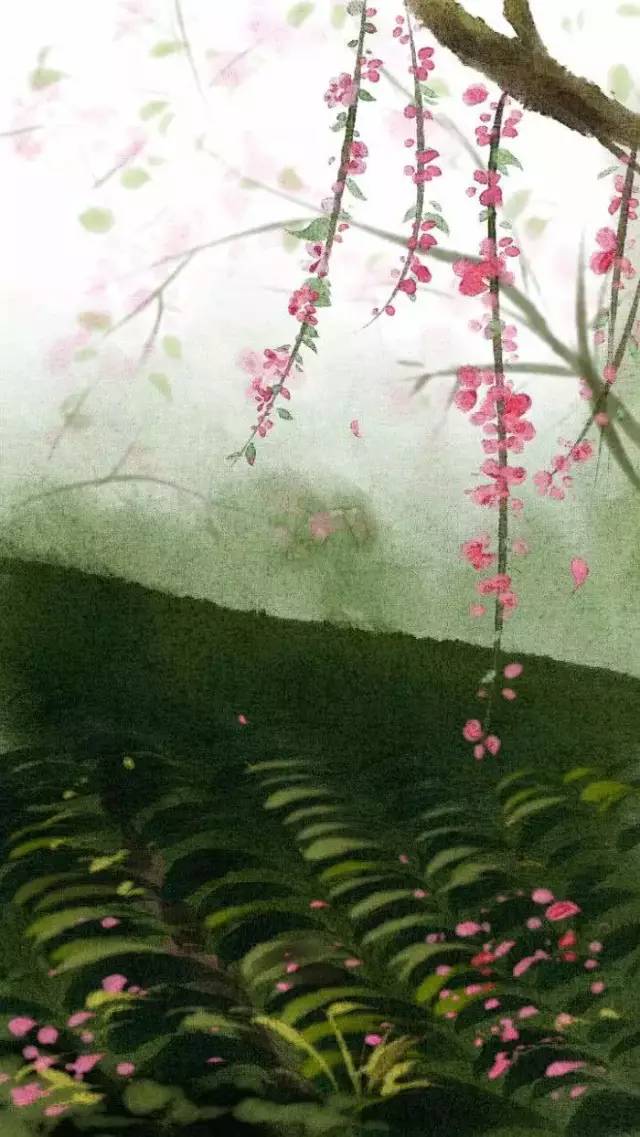
无端更渡桑干水，却望并州是故乡。